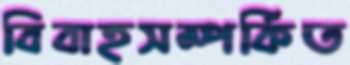
বিবাহসম্পর্কিত